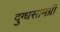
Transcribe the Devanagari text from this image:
दुग्धसामग्री